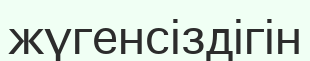
жүгенсіздігін